Rangoon Lunatic Asylum 1893-1897 - 1893-1897
Year: 1893
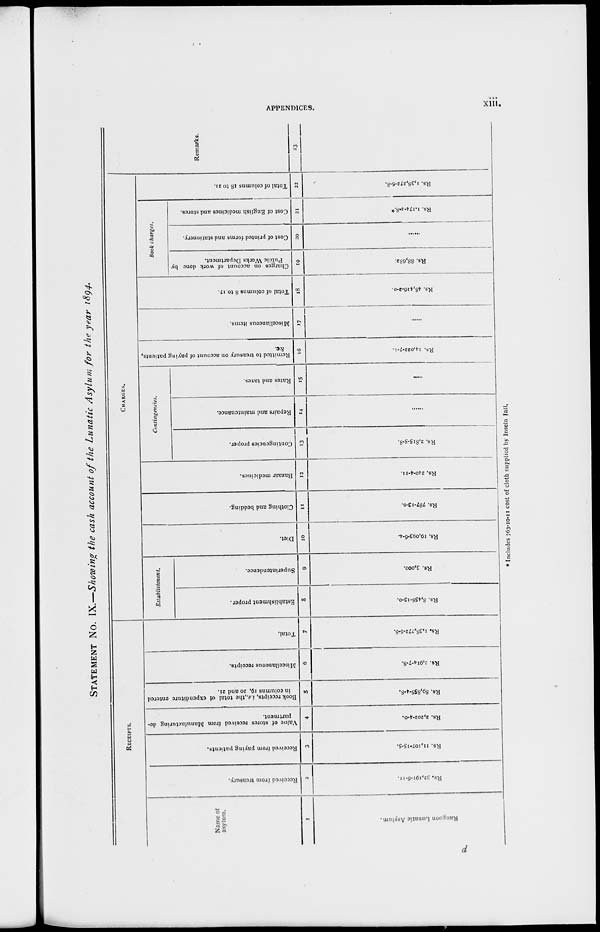
APPENDICES.
xiii.
STATEMENT No. IX.—Showing the cash account of the Lunatic Asylum for the year 1894.
RECEIPTS.
Name of
asylum.
1
Rangoon Lunatic Asylum.
Received from treasury.
2
Rs. 32,191-6-11.
Received from paying patients.
3
Rs. 11,107-15-5.
Value of stores received from Manufacturing de-
partment.
4
Rs. 2,202-4-0.
Book receipts, i.e.,the total of expenditure entered
in columns 19, 20 and 21.
5
Rs. 89,856-4-8.
Miscellaneous receipts.
6
Rs. 2,914-7-8.
Total.
7
Rs. 1,38,272-6-8.
CHARGES.
Establishment.
Establishment proper.
8
Rs. 8,456-13-0.
Superintendence.
9
Rs. 3,000.
Diet.
10
Rs. 19,093-6-4.
Clothing and bedding.
11
Rs. 787-13-0.
Bazaar medicines.
12
Rs. 240-4-11.
Contingencies.
Contingencies proper.
13
Rs. 2,815-5-8.
Repairs and maintenance.
14
......
Rates and taxes.
15
......
Remitted to treasury on account of paying patients,
&c.
16
Rs. 14,022-7-1.
Miscellaneous items.
17
......
Total of columns 8 to 17.
18
Rs. 48,416-2-0.
Book charges.
Charges on account of work done by
Public Works Department.
19
Rs. 88,682.
Cost of printed forms and stationery.
20
......
Cost of English medicines and stores.
21
Rs. 1,174-4-8.*
Total of columns 18 to 21.
22
Rs. 1,38,272-6-8.
Remarks.
33
* Includes 763-10-11 cost of cloth supplied by Inseln Jail.
d